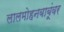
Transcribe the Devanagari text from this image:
लालमोहनबाबूंवर